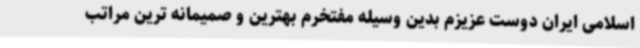
اسلامی ایران دوست عزیزم بدین وسیله مفتخرم بهترین و صمیمانه ترین مراتب